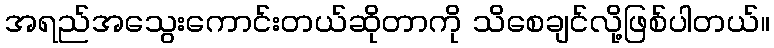
အရည်အသွေးကောင်းတယ်ဆိုတာကို သိစေချင်လို့ဖြစ်ပါတယ်။